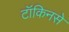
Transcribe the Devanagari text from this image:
टॉकिनसे